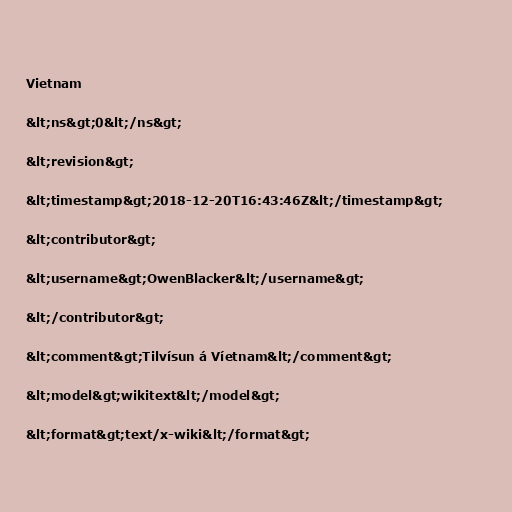
Vietnam

&lt;ns&gt;0&lt;/ns&gt;

&lt;revision&gt;

&lt;timestamp&gt;2018-12-20T16:43:46Z&lt;/timestamp&gt;

&lt;contributor&gt;

&lt;username&gt;OwenBlacker&lt;/username&gt;

&lt;/contributor&gt;

&lt;comment&gt;Tilvísun á Víetnam&lt;/comment&gt;

&lt;model&gt;wikitext&lt;/model&gt;

&lt;format&gt;text/x-wiki&lt;/format&gt;